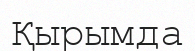
Қырымда